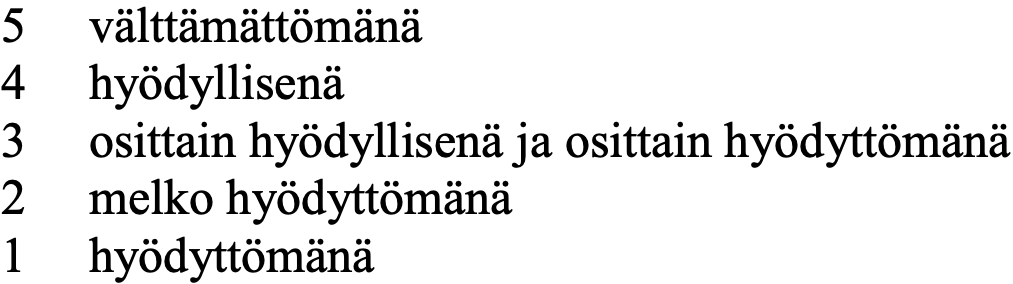
5  välttämättömänä 4  hyödyllisenä 3  osittain hyödyllisenä ja osittain hyödyttömänä 2  melko hyödyttömänä 1  hyödyttömänä